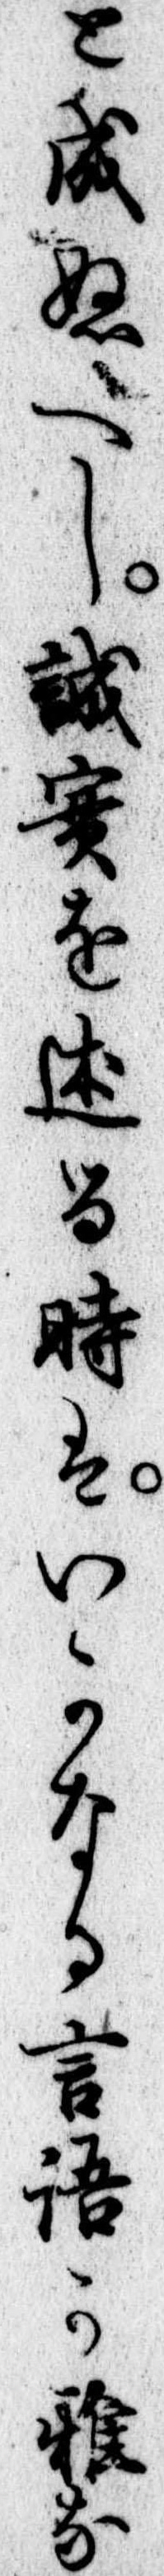
と成ぬへし誠実を述る時はいかなる言語か雅な